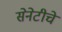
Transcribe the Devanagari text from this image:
सेनेटीचे